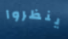
ينظروا